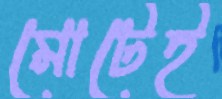
মোটেই